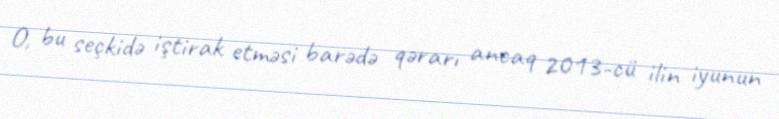
O, bu seçkidə iştirak etməsi barədə qərarı ancaq 2013-cü ilin iyunun